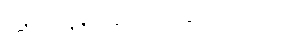
ခြင်ဖျန်းဆေး လိုချင်တယ်။